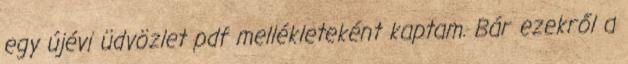
egy újévi üdvözlet pdf mellékleteként kaptam. Bár ezekről a